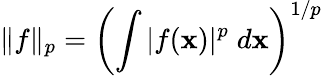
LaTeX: \| f\| _{p}=\left(\int|f(\mathbf{x})|^{p}\; d\mathbf{x}\right)^{1/p}